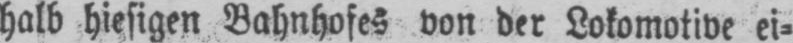
halb hiesigen Bahnhofes von der Lokomotive ei⸗